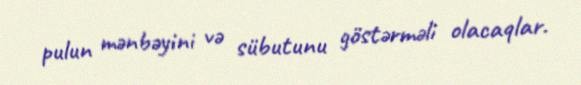
pulun mənbəyini və sübutunu göstərməli olacaqlar.